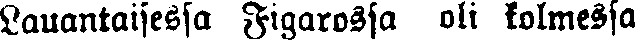
Lauantaisessa Figarossa oli kolmessa